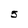
Character: 5